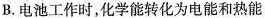
B.电池工作时，化学能转化为电能和热能